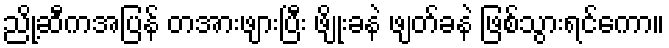
ညို့ဆီကအပြန် တအားဖျားပြီး ဖျိုးခနဲ ဖျတ်ခနဲ ဖြစ်သွားရင်ကော။